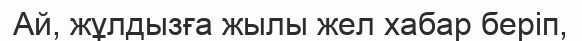
Ай, жұлдызға жылы жел хабар беріп,